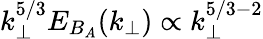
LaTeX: k_{\perp}^{5/3}E_{B_{A}}(k_{\perp})\propto k_{\perp}^{5/3-2}